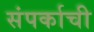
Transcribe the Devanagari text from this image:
संपर्काची